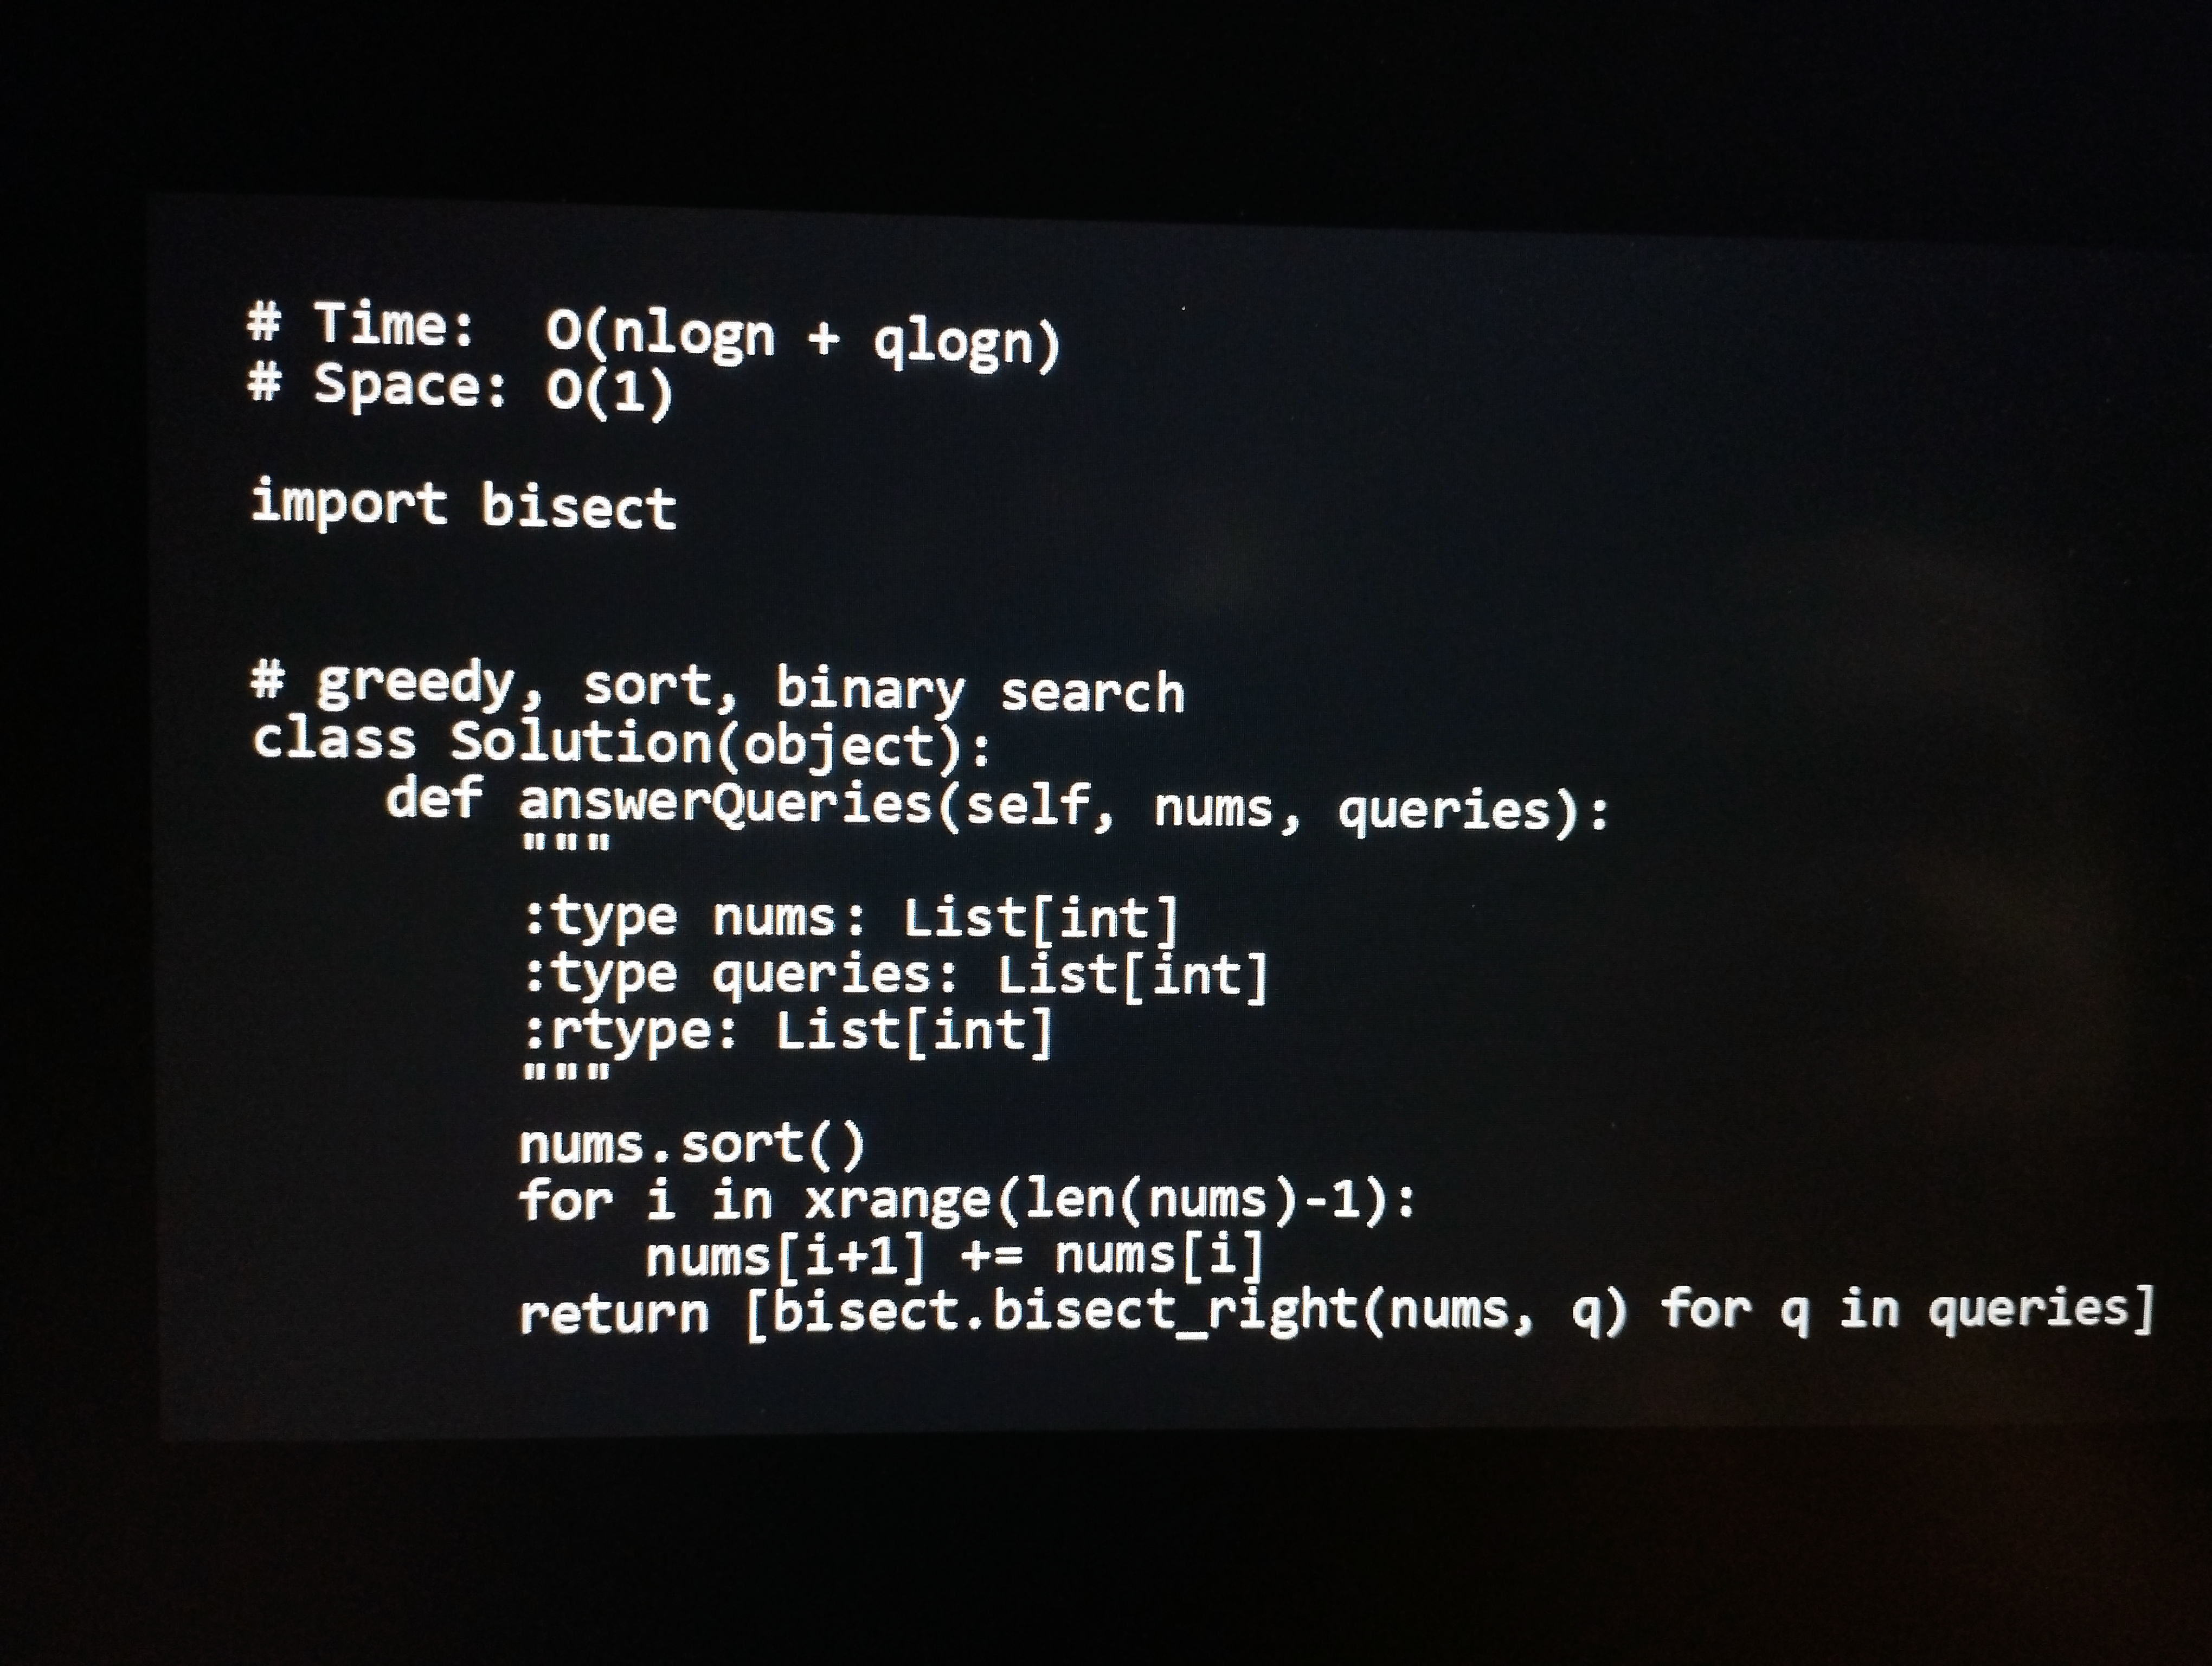
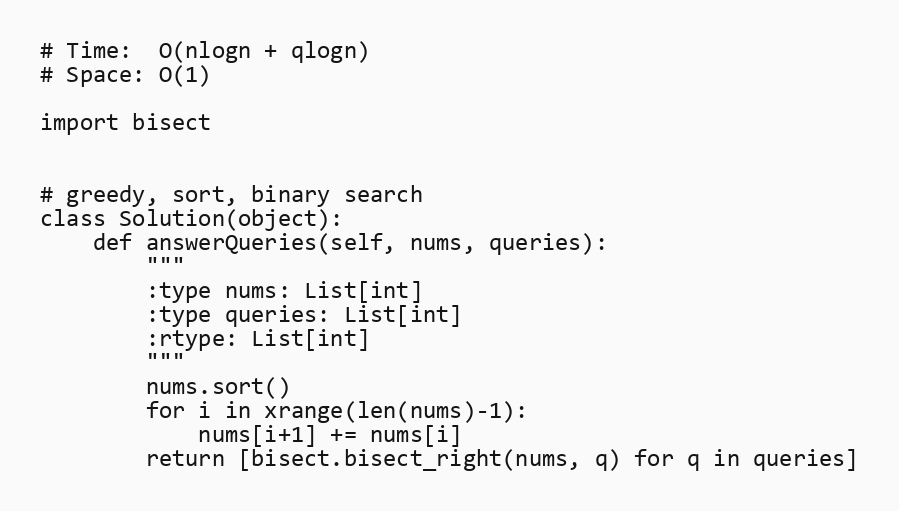
# Time:  O(nlogn + qlogn)
# Space: O(1)

import bisect

# greedy, sort, binary search
class Solution(object):
    def answerQueries(self, nums, queries):
        """
        :type nums: List[int]
        :type queries: List[int]
        :rtype: List[int]
        """
        nums.sort()
        for i in xrange(len(nums)-1):
            nums[i+1] += nums[i]
        return [bisect.bisect_right(nums, q) for q in queries]